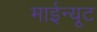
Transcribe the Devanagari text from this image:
माईन्यूट